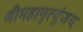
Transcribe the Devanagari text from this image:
श्रीमहामृत्युंजय